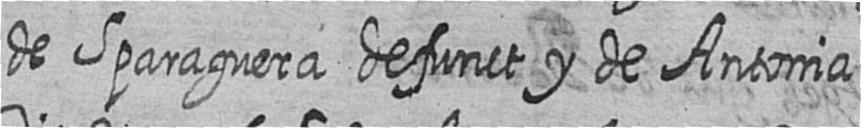
de Sparaguera defunct y de Antonia